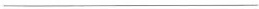
___